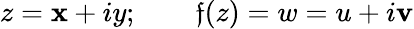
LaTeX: z=\mathbf{x}+iy;\qquad\mathfrak{f}(z)=w=u+i\mathbf{v}